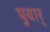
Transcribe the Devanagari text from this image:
पुवार्